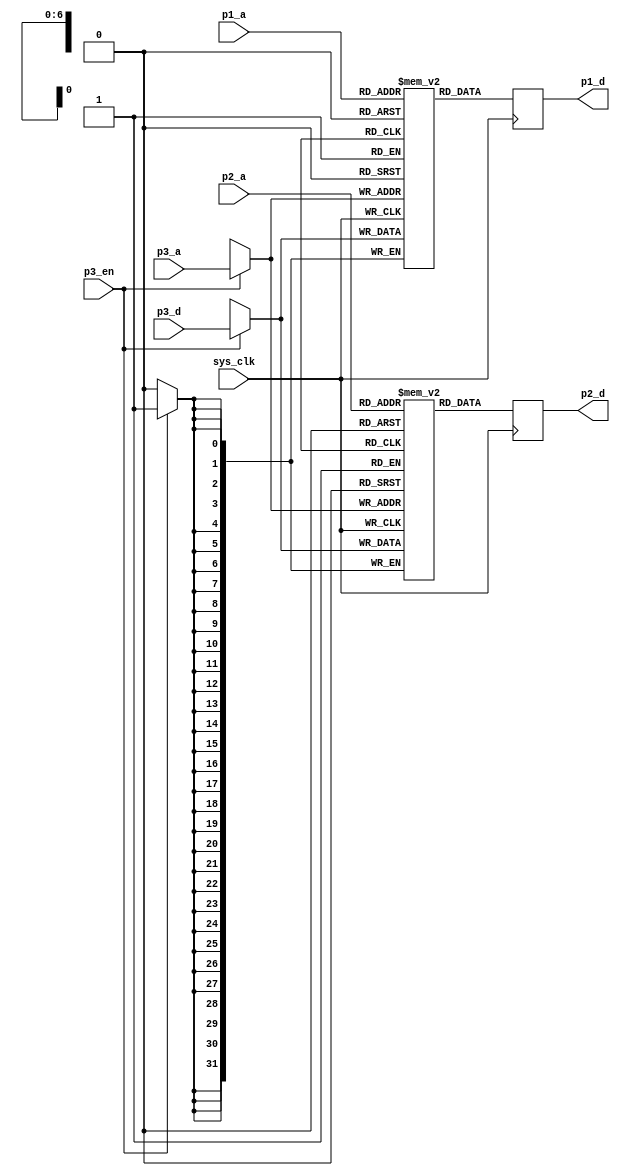
/*
 * Milkymist SoC
 * Copyright (C) 2007, 2008, 2009 Sebastien Bourdeauducq
 *
 * This program is free software: you can redistribute it and/or modify
 * it under the terms of the GNU General Public License as published by
 * the Free Software Foundation, version 3 of the License.
 *
 * This program is distributed in the hope that it will be useful,
 * but WITHOUT ANY WARRANTY; without even the implied warranty of
 * MERCHANTABILITY or FITNESS FOR A PARTICULAR PURPOSE.  See the
 * GNU General Public License for more details.
 *
 * You should have received a copy of the GNU General Public License
 * along with this program.  If not, see <http://www.gnu.org/licenses/>.
 */

/*
 * Triple-port synchronous 128x32 RAM
 * Port 1, read-only
 * Port 2, read-only
 * Port 3, write-only
 */

module pfpu_tpram(
	input sys_clk,
	
	input [6:0] p1_a,
	output reg [31:0] p1_d,
	
	input [6:0] p2_a,
	output reg [31:0] p2_d,
	
	input p3_en,
	input [6:0] p3_a,
	input [31:0] p3_d
);

/*
 * Duplicate the contents over two dual-port BRAMs
 *       Port A(WO)   Port B(RO)
 * Mem1     P3           P1
 * Mem2     P3           P2
 */

reg [31:0] mem1[0:127];
always @(posedge sys_clk) begin
	if(p3_en)
		mem1[p3_a] <= p3_d;
	p1_d <= mem1[p1_a];
end

reg [31:0] mem2[0:127];
always @(posedge sys_clk) begin
	if(p3_en)
		mem2[p3_a] <= p3_d;
	p2_d <= mem2[p2_a];
end

endmodule